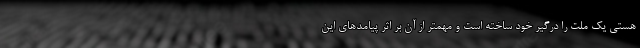
هستی یک ملت را درگیر خود ساخته است و مهمتر از آن بر اثر پیامدهای این